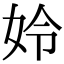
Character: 姈